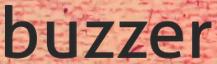
buzzer